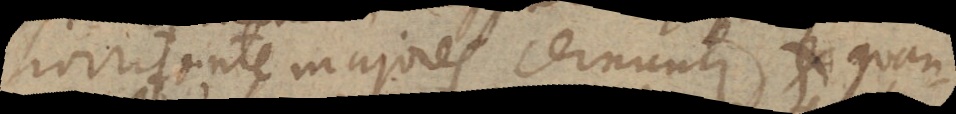
horizonte majores cernuntur, quan-